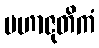
မဟာဇုတိကံ